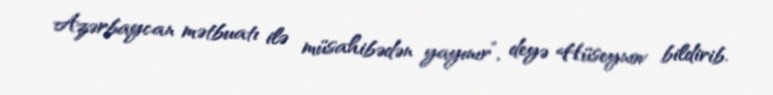
Azərbaycan mətbuatı ilə müsahibədən yayınır”, deyə Hüseynov bildirib.